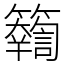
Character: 𥷤